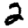
Digit: 2